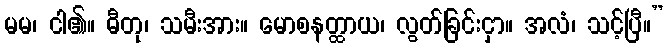
မမ၊ ငါ၏။ ဓီတု၊ သမီးအား။ မောစနတ္ထာယ၊ လွတ်ခြင်းငှာ။ အလံ၊ သင့်ပြီ။”